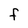
Character: F